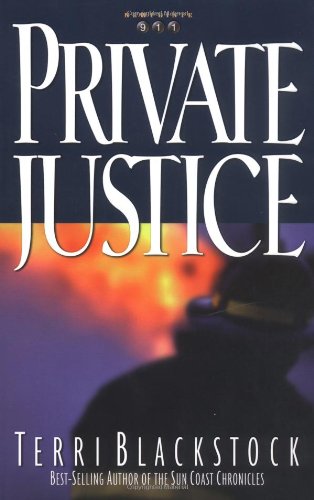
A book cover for Private Justice (Newpointe 911, Book 1); Terri Blackstock; Romance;